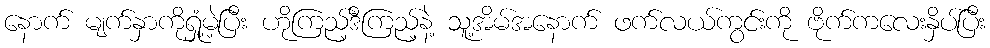
နောက် မျက်နှာကိုရှုံ့မဲ့ပြီး ဟိုကြည့်ဒီကြည့်နဲ့ သူ့အိမ်အနောက် ဖက်လယ်ကွင်းကို ဗိုက်ကလေးနှိပ်ပြီး